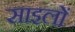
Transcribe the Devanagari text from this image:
साइलों